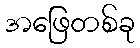
အဖြေတစ်ခု